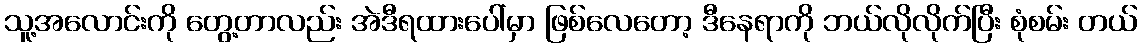
သူ့အလောင်းကို တွေ့တာလည်း အဲဒီရထားပေါ်မှာ ဖြစ်လေတော့ ဒီနေရာကို ဘယ်လိုလိုက်ပြီး စုံစမ်း တယ်